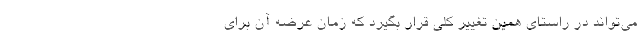
می‌تواند در راستای همین تغییر کلی قرار بگیرد که زمان عرضه آن برای